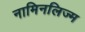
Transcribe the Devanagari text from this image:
नामिनलिज्म